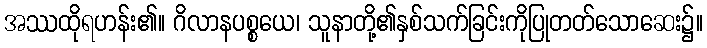
အဿထိုရဟန်း၏။ ဂိလာနပစ္စယေ၊ သူနာတို့၏နှစ်သက်ခြင်းကိုပြုတတ်သောဆေး၌။